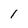
Character: l